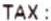
TAX :